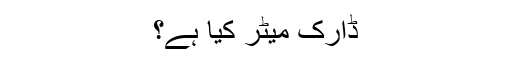
ڈارک مَیٹر کیا ہے؟